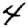
Digit: 4